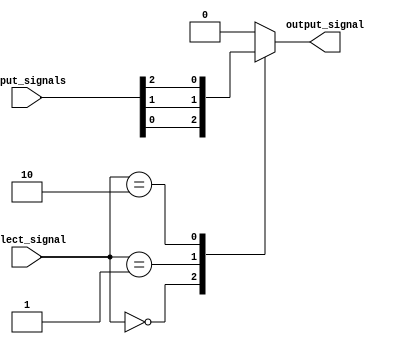
module multiplexer_256to1(
    input [255:0] input_signals,
    input [7:0] select_signal,
    output reg output_signal
);

always @(*) begin
    case(select_signal)
        8'b00000000: output_signal = input_signals[0];
        8'b00000001: output_signal = input_signals[1];
        8'b00000010: output_signal = input_signals[2];
        // add more cases for all 256 input signals
        default: output_signal = 0; // default output signal in case of invalid select signal
    endcase
end

endmodule